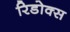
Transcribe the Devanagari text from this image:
रिडोक्स